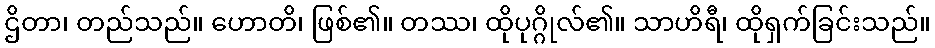
ဌိတာ၊ တည်သည်။ ဟောတိ၊ ဖြစ်၏။ တဿ၊ ထိုပုဂ္ဂိုလ်၏။ သာဟိရီ၊ ထိုရှက်ခြင်းသည်။